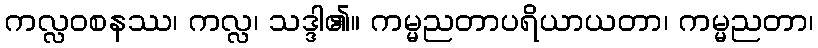
ကလ္လဝစနဿ၊ ကလ္လ၊ သဒ္ဒါ၏။ ကမ္မညတာပရိယာယတာ၊ ကမ္မညတာ၊